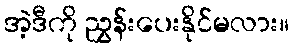
အဲ့ဒီကို ညွှန်းပေးနိုင်မလား။